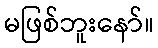
မဖြစ်ဘူးနော်။